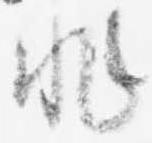
非